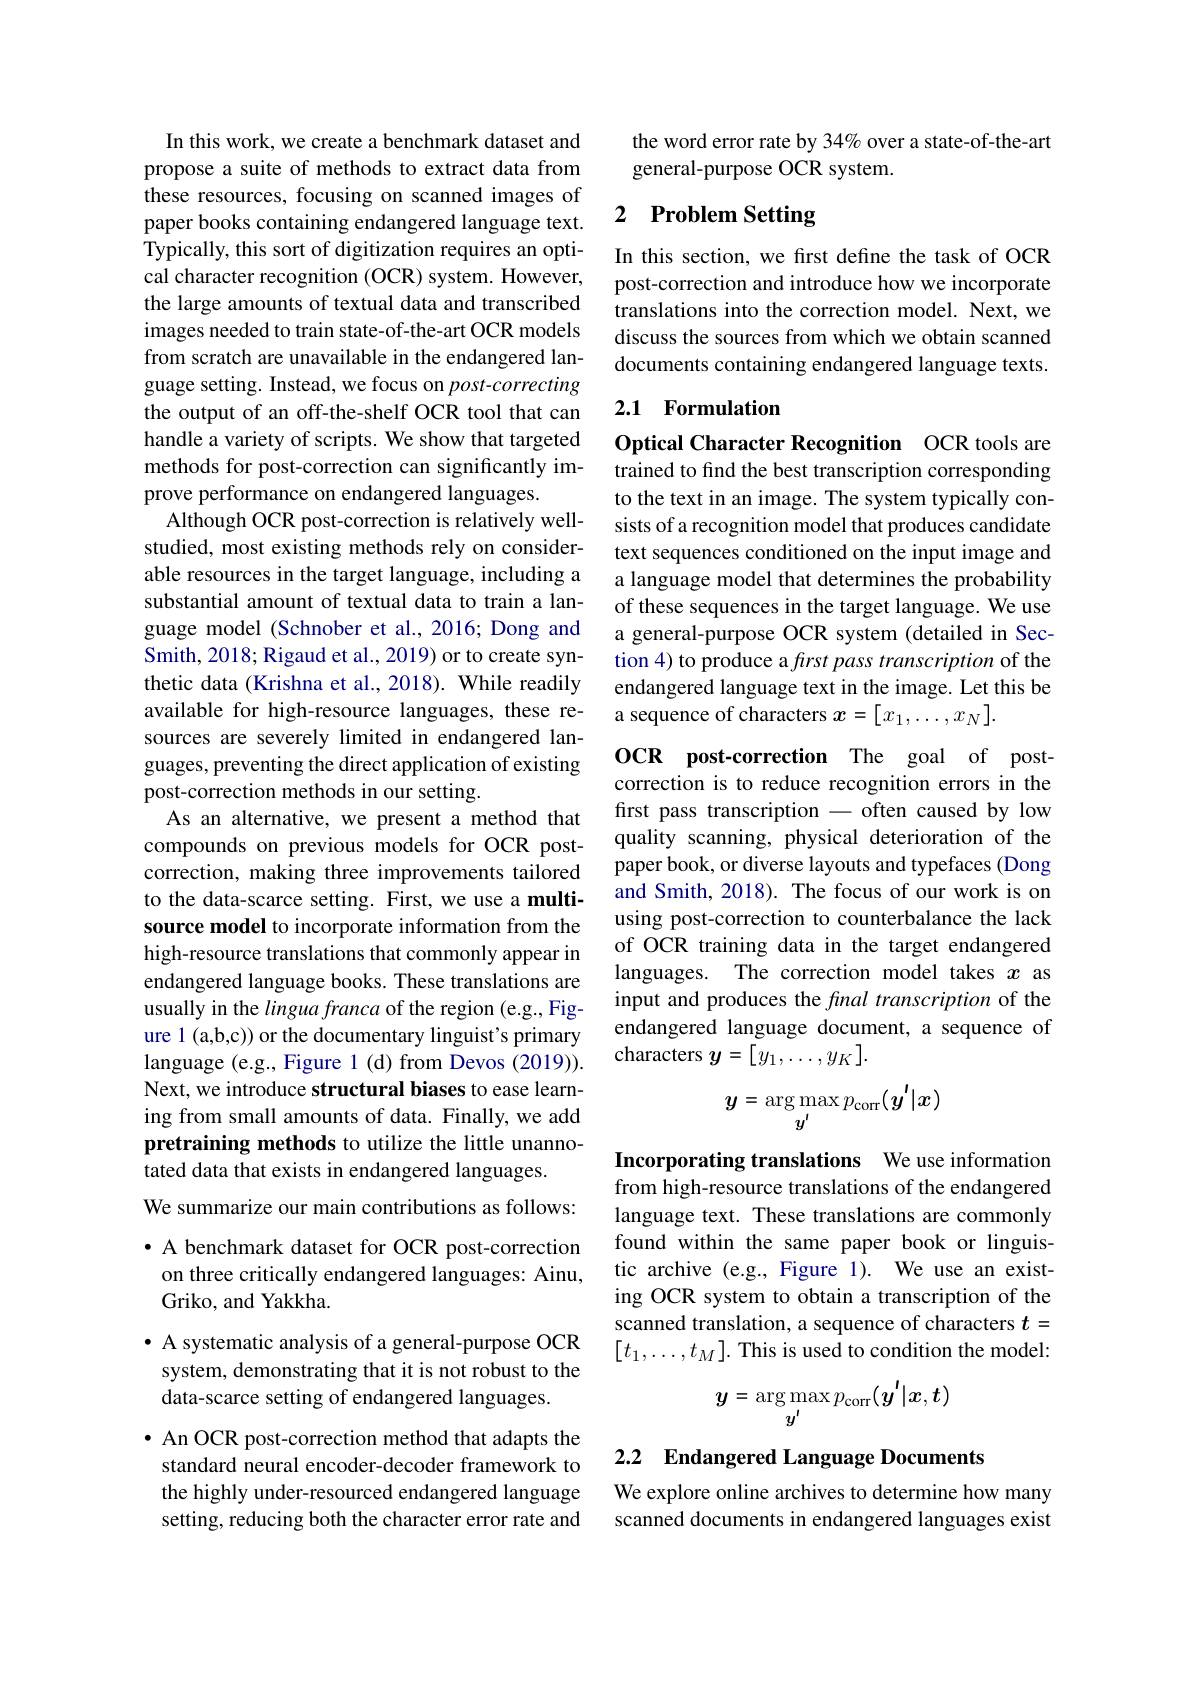
In this work, we create a benchmark dataset and propose a suite of methods to extract data from these resources, focusing on scanned images of paper books containing endangered language text. Typically, this sort of digitization requires an optical character recognition (OCR) system. However, the large amounts of textual data and transcribed images needed to train state-of-the-art OCR models from scratch are unavailable in the endangered language setting. Instead, we focus on post-correcting the output of an off-the-shelf OCR tool that can handle a variety of scripts. We show that targeted methods for post-correction can significantly improve performance on endangered languages.
Although OCR post-correction is relatively wellstudied, most existing methods rely on considerable resources in the target language, including a substantial amount of textual data to train a language model (Schnober et al.,2016; Dong and Smith, 2018; Rigaud et al., 2019) or to create synthetic data (Krishna et al., 2018). While readily available for high-resource languages, these resources are severely limited in endangered languages, preventing the direct application of existing post-correction methods in our setting.
As an alternative, we present a method that compounds on previous models for OCR postcorrection, making three improvements tailored to the data-scarce setting. First, we use a multisource model to incorporate information from the high-resource translations that commonly appear in endangered language books. These translations are usually in the lingua franca of the region (e.g., Figure 1 (a,b,c)) or the documentary linguist's primary language (e.g., Figure 1 (d) from Devos (2019)). Next, we introduce structural biases to ease learning from small amounts of data. Finally, we add pretraining methods to utilize the little unannotated data that exists in endangered languages.
We summarize our main contributions as follows: · A benchmark dataset for OCR post-correction on three critically endangered languages: Ainu, Griko, and Yakkha.

$\bullet$ A systematic analysis of a general-purpose OCR system, demonstrating that it is not robust to the data-scarce setting of endangered languages.

· An OCR post-correction method that adapts the standard neural encoder-decoder framework to the highly under-resourced endangered language setting, reducing both the character error rate and

the word error rate by 34% over a state-of-the-art
general-purpose OCR system.

## 2 Problem Setting

In this section, we frst define the task of OCR post-correction and introduce how we incorporate translations into the correction model. Next, we discuss the sources from which we obtain scanned documents containing endangered language texts.

### 2.1 Formulation

Optical Character Recognition OCR tools are trained to find the best transcription corresponding to the text in an image. The system typically consists of a recognition model that produces candidate text sequences conditioned on the input image and a language model that determines the probability of these sequences in the target language. We use a general-purpose OCR system (detailed in Section 4) to produce a first pass transcription of the endangered language text in the image. Let this be a sequence of characters $x=[x_1,\ldots,x_N].$

OCR post-correction The goal of postcorrection is to reduce recognition errors in the first pass transcription - often caused by low quality scanning, physical deterioration of the paper book, or diverse layouts and typefaces (Dong and Smith, 2018). The focus of our work is on using post-correction to counterbalance the lack of OCR training data in the target endangered languages. The correction model takes $x$ as input and produces the final transcription of the endangered language document, a sequence of characters $y=[y_1,\ldots,y_K].$
$$y=\arg\max_{y^{\prime}}p_{\mathrm{corr}}(y^{\prime}|x)$$
Incorporating translations We use information from high-resource translations of the endangered language text. These translations are commonly found within the same paper book or linguistic archive (e.g., Figure 1). We use an existing OCR system to obtain a transcription of the scanned translation, a sequence of characters $t=$ $[t_1,\ldots,t_M].$ This is used to condition the model:
$$y=\arg\max_{y^{\prime}}p_{\mathrm{corr}}(y^{\prime}|x,t)$$
2.2 Endangered Language Documents

We explore online archives to determine how many scanned documents in endangered languages exist